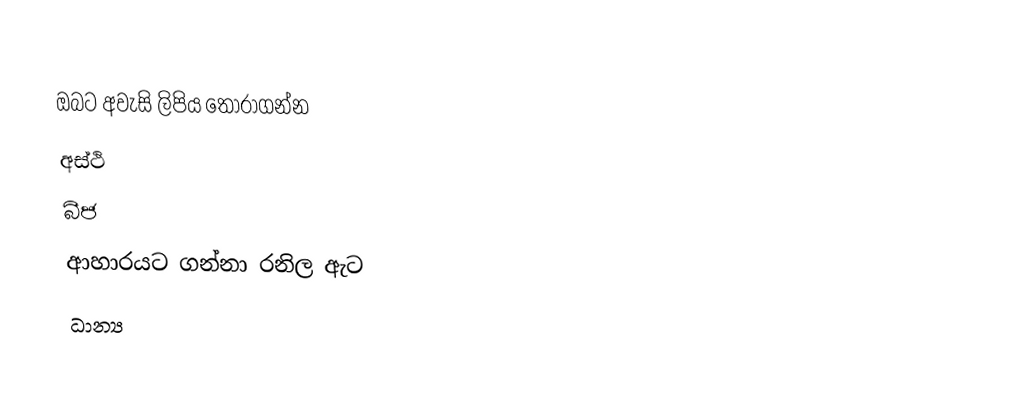
ඔබට අවැසි ලිපිය තෝරාගන්න
 අස්ථි
 බීජ
 ආහාරයට ගන්නා රනිල ඇට
 ධාන්‍ය